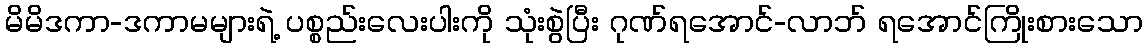
မိမိဒကာ-ဒကာမများရဲ့ ပစ္စည်းလေးပါးကို သုံးစွဲပြီး ဂုဏ်ရအောင်-လာဘ် ရအောင်ကြိုးစားသော